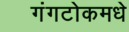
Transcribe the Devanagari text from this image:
गंगटोकमधे